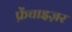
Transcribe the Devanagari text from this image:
फ्रेंचाइज़र